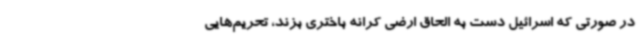
در صورتی که اسرائیل دست به الحاق ارضی کرانه باختری بزند، تحریم‌هایی